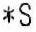
*S